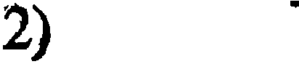
2)